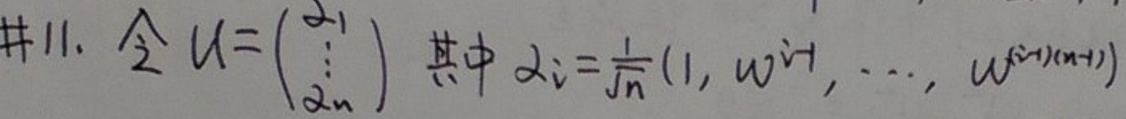
\#11. 令 $U = \begin{pmatrix} \alpha_1 \\ \vdots \\ \alpha_n \end{pmatrix}$ 其中 $\alpha_i = \frac{1}{\sqrt{n}}(1, \omega^{i - 1}, \cdots, \omega^{(i - 1)(n - 1)})$